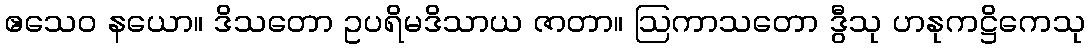
ဧသေဝ နယော။ ဒိသတော ဥပရိမဒိသာယ ဇာတာ။ ဩကာသတော ဒွီသု ဟနုကဋ္ဌိကေသု